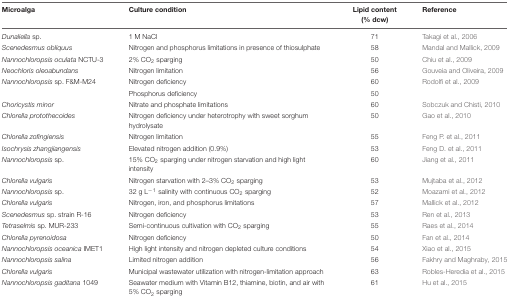
<table><thead><tr><td><b>Microalga</b></td><td><b>Culture condition</b></td><td><b>Lipid content (% dcw)</b></td><td><b>Reference</b></td></tr></thead><tbody><tr><td><i>Dunaliella</i> sp.</td><td>1 M NaCl</td><td>71</td><td>Takagi et al., 2006</td></tr><tr><td><i>Scenedesmus obliquus</i></td><td>Nitrogen and phosphorus limitations in presence of thiosulphate</td><td>58</td><td>Mandal and Mallick, 2009</td></tr><tr><td><i>Nannochloropsis oculata</i> NCTU-3</td><td>2% CO<sub>2</sub> sparging</td><td>50</td><td>Chiu et al., 2009</td></tr><tr><td><i>Neochloris oleoabundans</i></td><td>Nitrogen limitation</td><td>56</td><td>Gouveia and Oliveira, 2009</td></tr><tr><td><i>Nannochloropsis</i> sp. F&amp;M-M24</td><td>Nitrogen deficiency</td><td>60</td><td>Rodolfi et al., 2009</td></tr><tr><td></td><td>Phosphorus deficiency</td><td>50</td><td></td></tr><tr><td><i>Choricystis minor</i></td><td>Nitrate and phosphate limitations</td><td>60</td><td>Sobczuk and Chisti, 2010</td></tr><tr><td><i>Chlorella protothecoides</i></td><td>Nitrogen deficiency under heterotrophy with sweet sorghum hydrolysate</td><td>50</td><td>Gao et al., 2010</td></tr><tr><td><i>Chlorella zofingiensis</i></td><td>Nitrogen limitation</td><td>55</td><td>Feng P. et al., 2011</td></tr><tr><td><i>Isochrysis zhangjiangensis</i></td><td>Elevated nitrogen addition (0.9%)</td><td>53</td><td>Feng D. et al., 2011</td></tr><tr><td><i>Nannochloropsis</i> sp.</td><td>15% CO<sub>2</sub> sparging under nitrogen starvation and high light intensity</td><td>60</td><td>Jiang et al., 2011</td></tr><tr><td><i>Chlorella vulgaris</i></td><td>Nitrogen starvation with 2–3% CO<sub>2</sub> sparging</td><td>53</td><td>Mujtaba et al., 2012</td></tr><tr><td><i>Nannochloropsis</i> sp.</td><td>32 g L<sup>-1</sup> salinity with continuous CO<sub>2</sub> sparging</td><td>52</td><td>Moazami et al., 2012</td></tr><tr><td><i>Chlorella vulgaris</i></td><td>Nitrogen, iron, and phosphorus limitations</td><td>57</td><td>Mallick et al., 2012</td></tr><tr><td><i>Scenedesmus</i> sp. strain R-16</td><td>Nitrogen deficiency</td><td>53</td><td>Ren et al., 2013</td></tr><tr><td><i>Tetraselmis</i> sp. MUR-233</td><td>Semi-continuous cultivation with CO<sub>2</sub> sparging</td><td>55</td><td>Raes et al., 2014</td></tr><tr><td><i>Chlorella pyrenoidosa</i></td><td>Nitrogen deficiency</td><td>50</td><td>Fan et al., 2014</td></tr><tr><td><i>Nannochloropsis oceanica</i> IMET1</td><td>High light intensity and nitrogen depleted culture conditions</td><td>54</td><td>Xiao et al., 2015</td></tr><tr><td><i>Nannochloropsis salina</i></td><td>Limited nitrogen addition</td><td>56</td><td>Fakhry and Maghraby, 2015</td></tr><tr><td><i>Chlorella vulgaris</i></td><td>Municipal wastewater utilization with nitrogen-limitation approach</td><td>63</td><td>Robles-Heredia et al., 2015</td></tr><tr><td><i>Nannochloropsis gaditana</i> 1049</td><td>Seawater medium with Vitamin B12, thiamine, biotin, and air with 5% CO<sub>2</sub> sparging</td><td>61</td><td>Hu et al., 2015</td></tr></tbody></table>